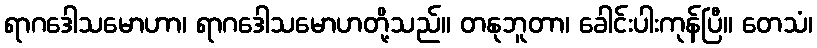
ရာဂဒေါသမောဟာ၊ ရာဂဒေါသမောဟတို့သည်။ တနုဘူတာ၊ ခေါင်းပါးကုန်ပြီ။ တေသံ၊